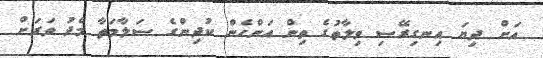
އަށް ދިޔަ އިނގިރޭސި ވިލާތުގެ ތިން އަންހެން ކުދިންގެ ސަލާމަތާ މެދު ވަރަށް